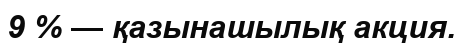
9 % — қазынашылық акция.